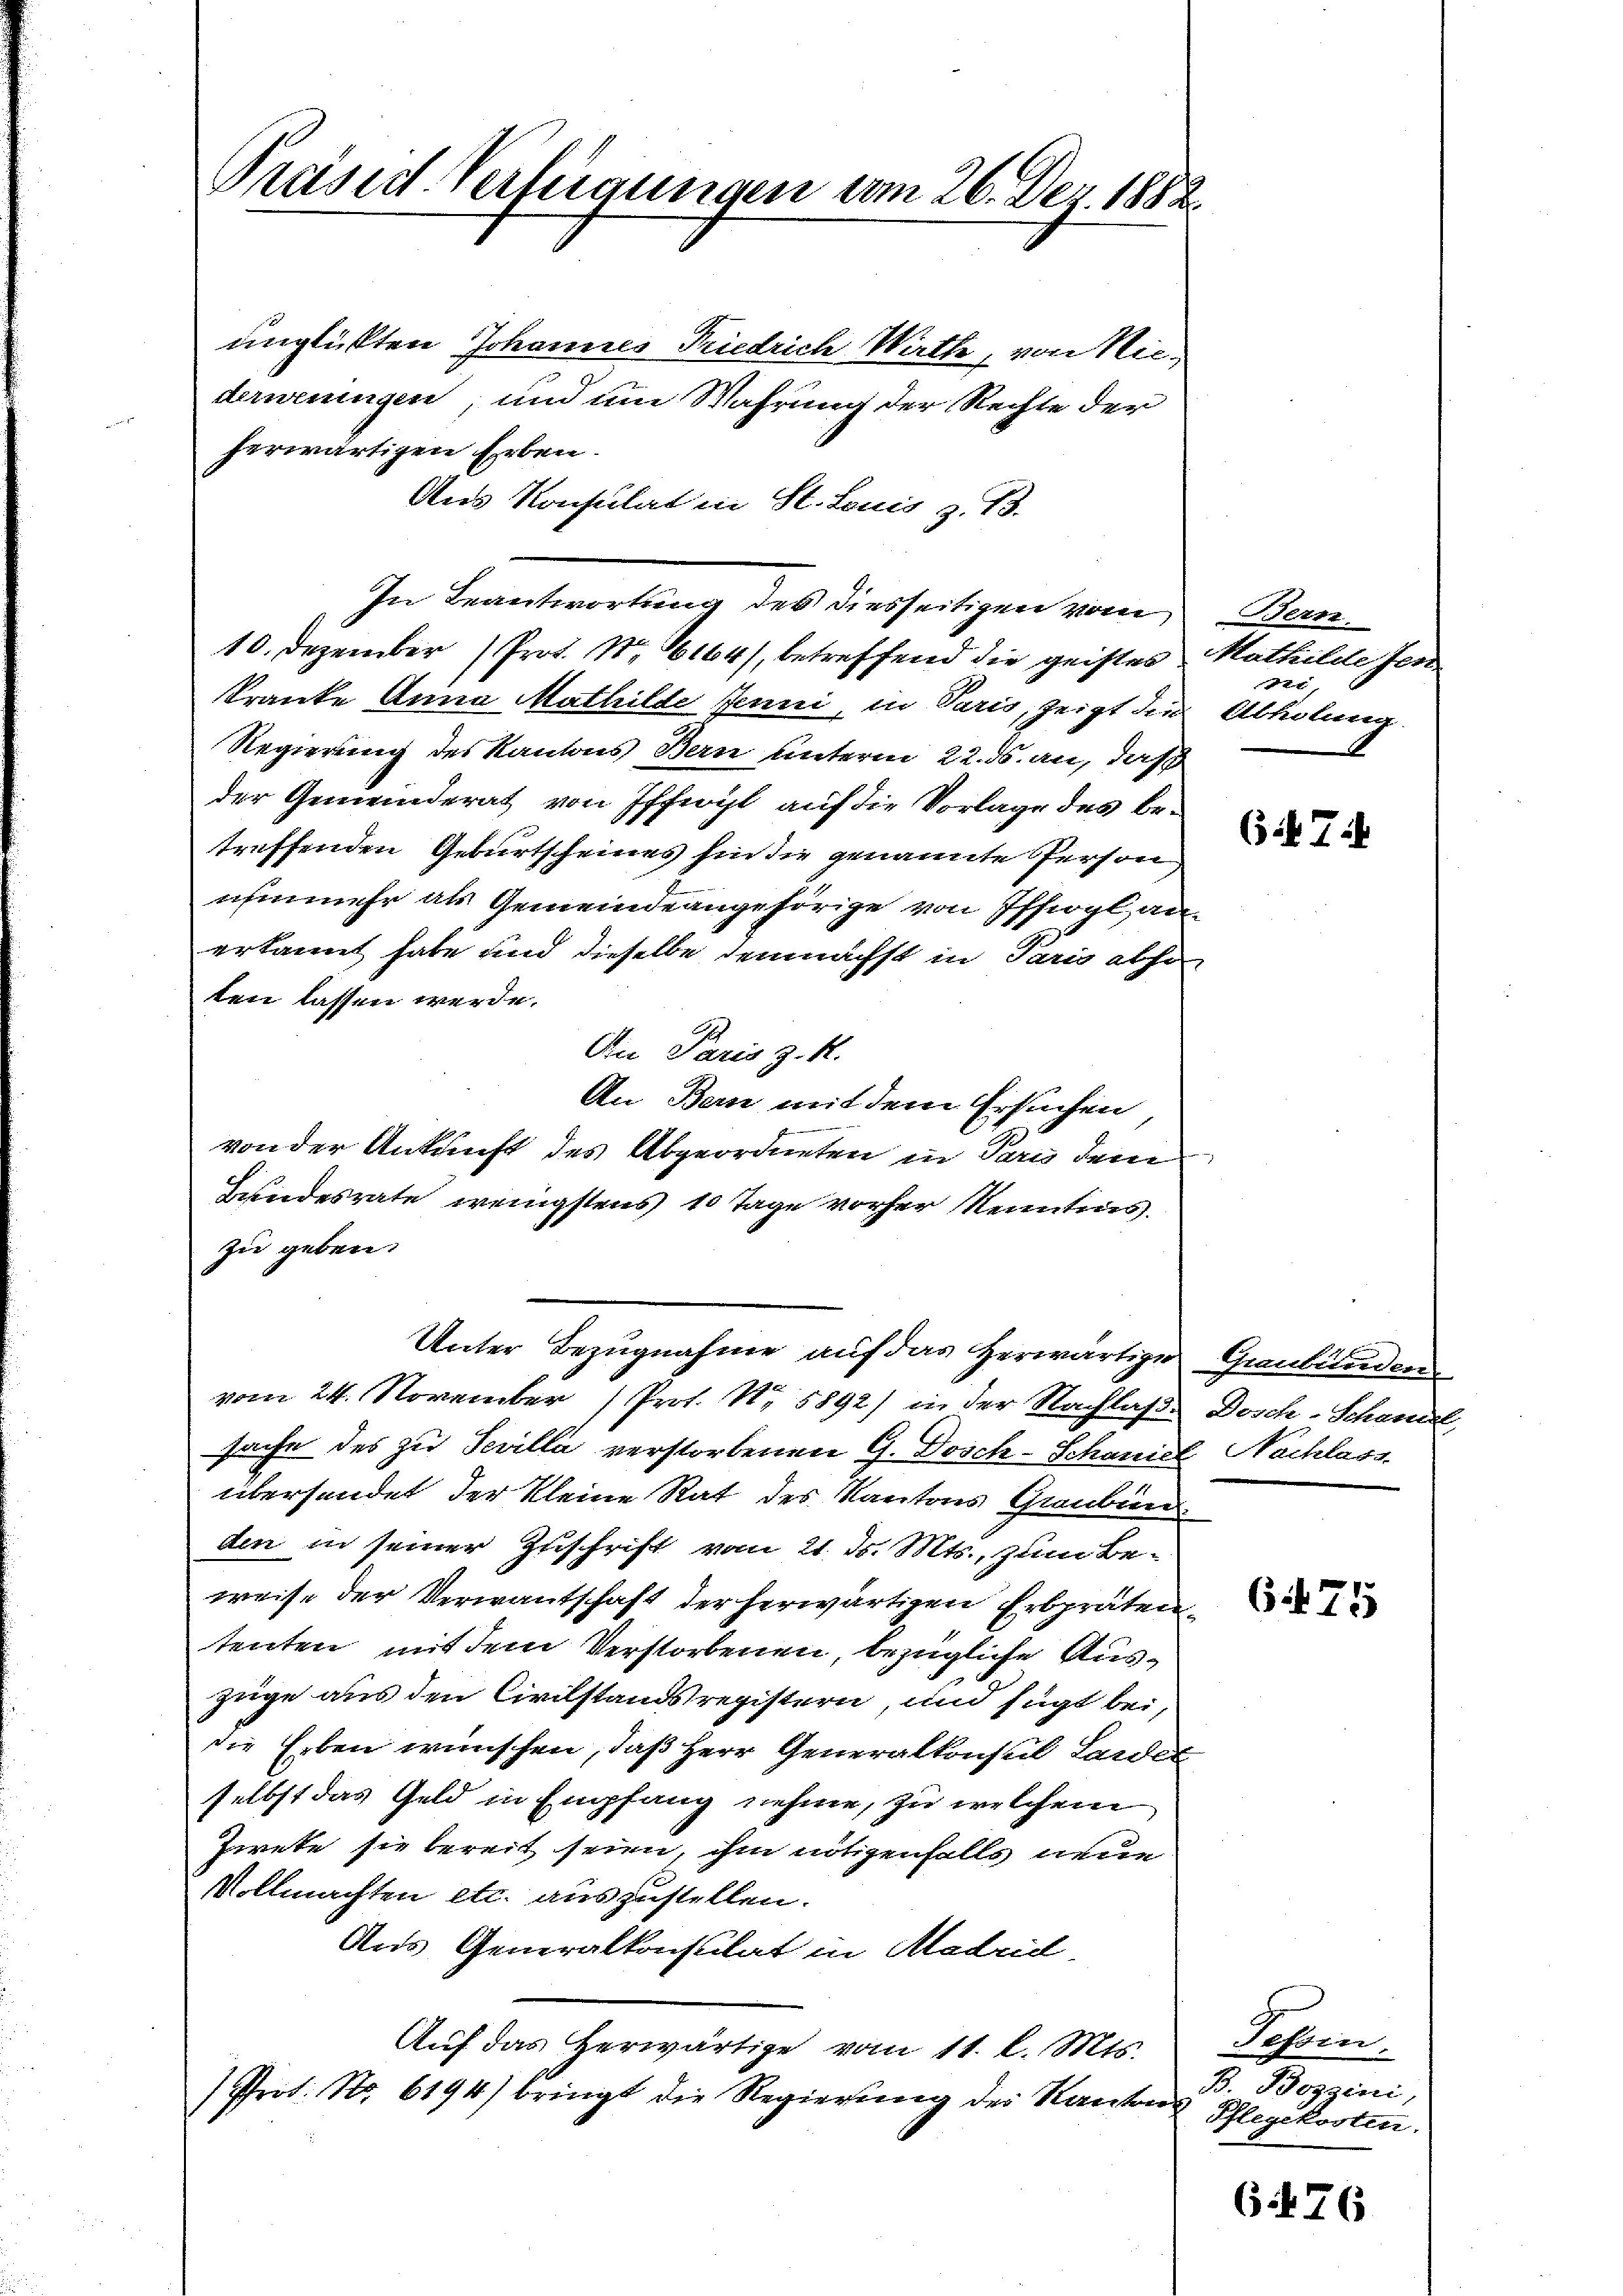
Prasid. Verfügungen vom 26. Dez. 1882.

unglückten Johannes Friedrich Wirthe, von Nie-
derweningen, und um Wahrung der Rechte der
herwärtigen Erben.
Aus Konsulat in St. Louis z. B.
In Beantwortung des diesseitigen vom
10. Dezember (Prot. N. 1164), betreffend die geistes
kranke Anna Mathilde Jenni, in Paris, zeigt die
Regierung des Kantons Bern unterm 22. ds. an, daß
der Gemeinderat von Ifferit auf die Vorlage des Betreffenden Geburtscheines hin die genannte Person
uhmmehr als Gemeindeangehörige von Iffergl an-
erkannt habe und dieselbe demnächst in Pario abso
ten lassen werde.
An Paris z. R.
An Bern mit dem Ersuchen
von der Ankunft des Abgeordneten in Parn dem
Zundesrate wenigstens 10 Tage vorher Kenntnis.
zu geben.
Unter Bezugnahme auf das Herwärtige
vom 24. November Prof. Nr. 5892) in der Nachlaß.
sache des zu Sevilla verstorbenen G. Dosch-Schanice
übersendet der kleine Rat des Kantons Graubün
den in seiner Zuschrift vom 21. ds. Mts., zum Be-
weise der Verwantschaft der herwärtigen Erbpräten
tenten, mit dem Verstorbenen, bezügliche Aus-
züge aus den Civilstandsregistern, und fügt bei,
die Erben wünschen, daß Herr Generalkonsul Lander
selbst das Geld in Empfang nehme, zu welchem
Zwete sie bereit seien, ihm nötigenfalls neue
Vollmachten etc. auszustellen.
Aus Generalkonsulat in Madrid
Auf das Herwärtige vom 11. l. Mts.
Prit. Nr. 6194) bringt die Regierung der Kantons

Bern
Mathilde sen
Rei
Abholung.

635. 75

Graubünden
Dosch-Schaniel,
Nachlass

65. 75

Fossin
B. Boggini
Pflegekosten

6476